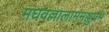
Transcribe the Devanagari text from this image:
मघवल्लालाममञ्जुप्रभ